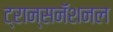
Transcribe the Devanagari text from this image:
ट्रान्सनॅशनल